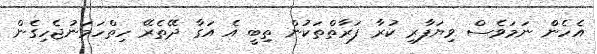
އެހެންް ނަމަވެސް ވިޔަފާރި ކުރާ ފަރާތްތަކުން ތިބީ އެ އަގާ ދޭތެެރޭ ހިތްހަމަނުޖެހިގެން